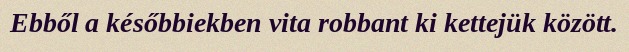
Ebből a későbbiekben vita robbant ki kettejük között.